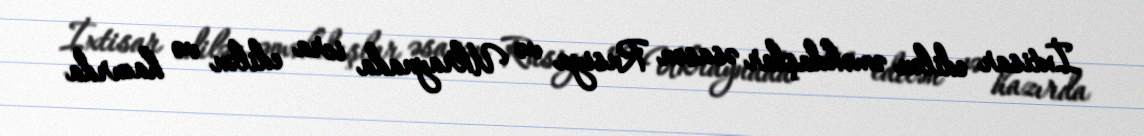
İxtisar edilən əməkdaşlar əsasən Rusiya və Ukraynada icra edilən və hazırda